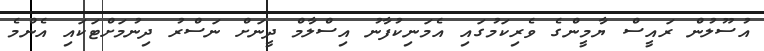
އުސޫލުން ރައީސް ޔާމީންގެ ވެރިކަމުގައި އެމަނިކުފާނު އިސްލާމް ދީނަށް ނަސްރު ދިނުމަށްޓަކައި އެންމެ